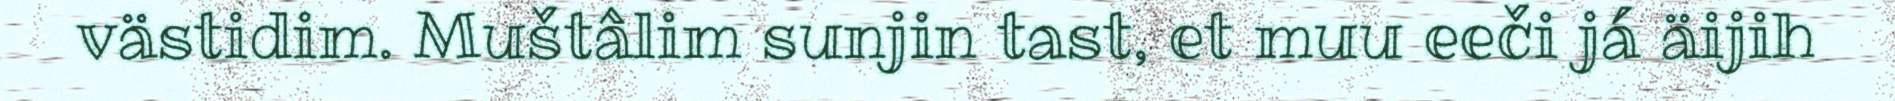
västidim. Muštâlim sunjin tast, et muu eeči já äijih